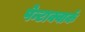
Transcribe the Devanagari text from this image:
पेन्टाक्वार्क